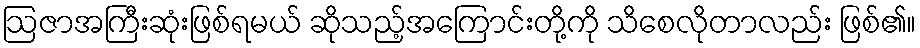
ဩဇာအကြီးဆုံးဖြစ်ရမယ် ဆိုသည့်အကြောင်းတို့ကို သိစေလိုတာလည်း ဖြစ်၏။